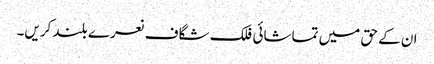
ان کے حق میں تماشائی فلک شگاف نعرے بلند کریں۔